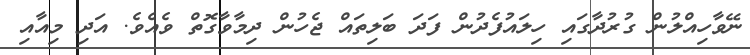
ނޭވާހިއްލުން ގުރުދާގައި ހިލައުފެދުން ފަދަ ބަލިތައް ޖެހުން ދިމާވާގޮތް ވެއެވެ. އަދި މިއާއި